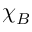
\chi _ { B }